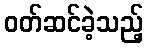
ဝတ်ဆင်ခဲ့သည့်